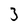
Character: 3